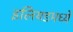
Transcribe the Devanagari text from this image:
इलियडमध्ये